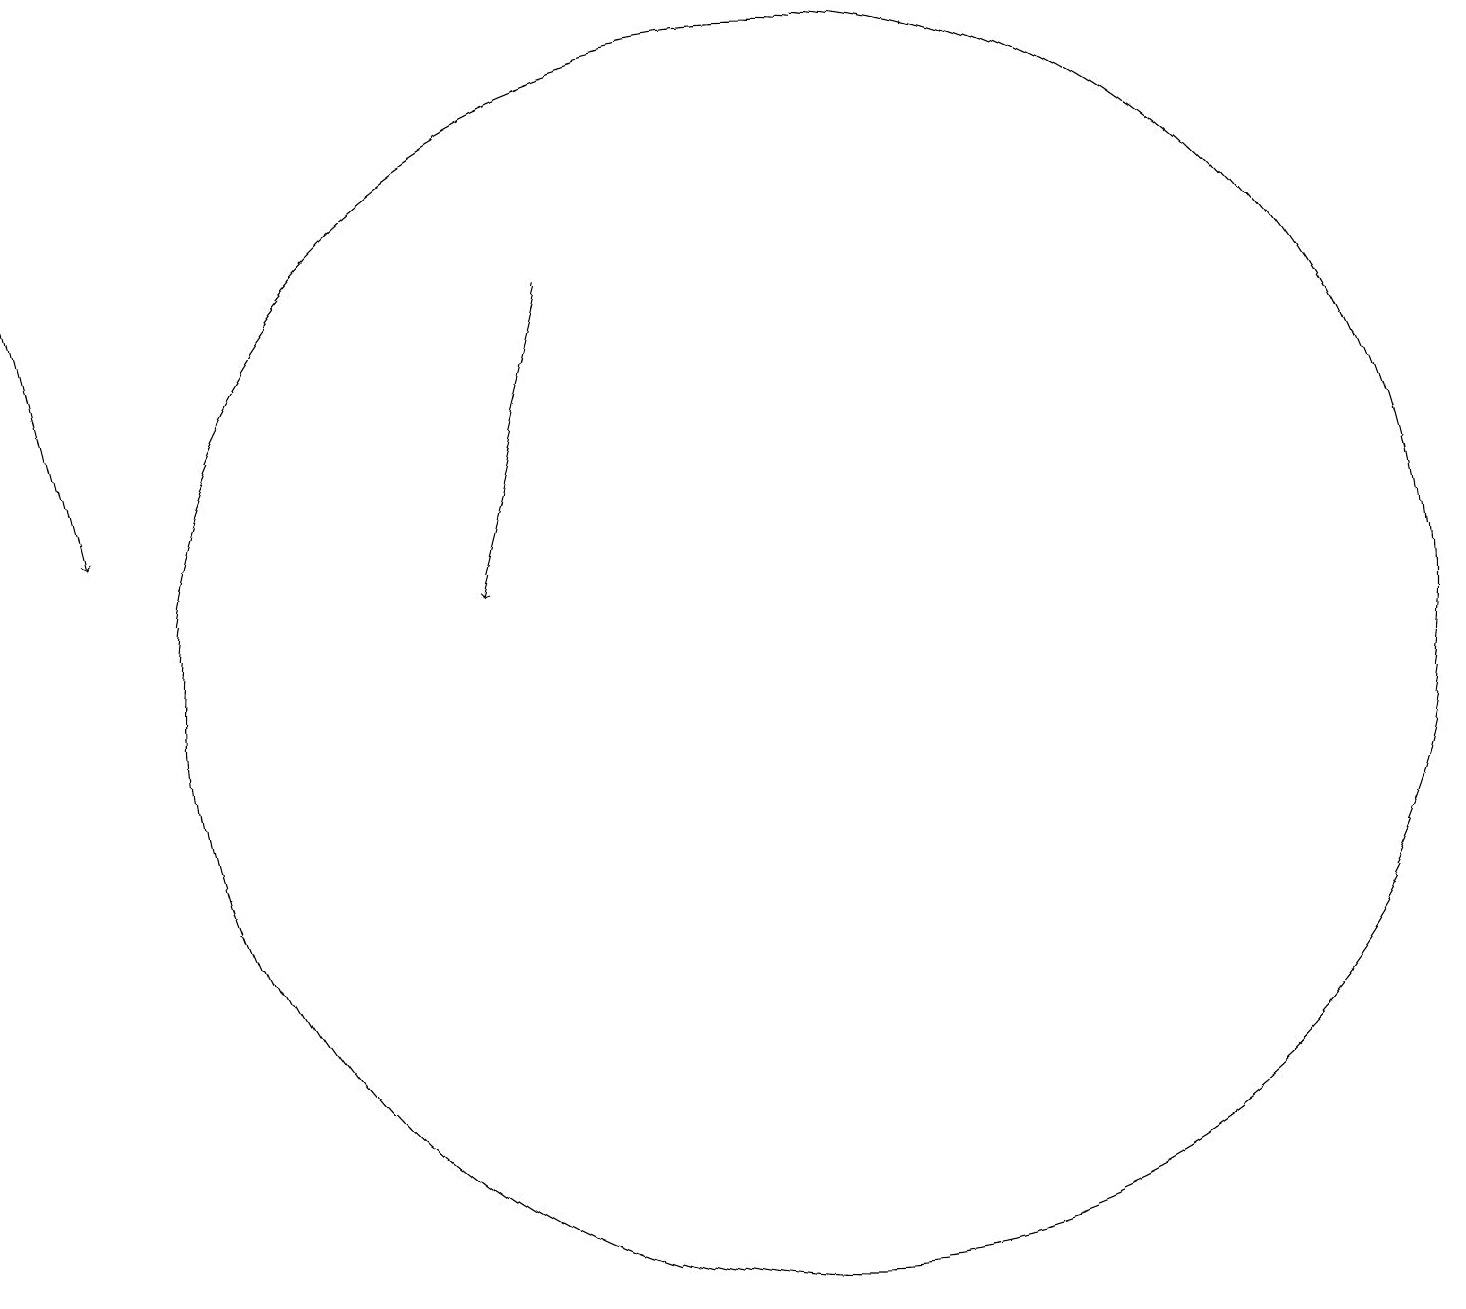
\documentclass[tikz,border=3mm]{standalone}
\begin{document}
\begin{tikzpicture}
\draw[->] (1,17) -- (2,13);
\draw (11,11) circle (8);
\draw[->] (8,16) -- (7,12);
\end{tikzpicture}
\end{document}